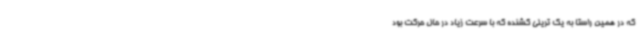
که در همین راستا به یک تریلی کشنده که با سرعت زیاد در حال حرکت بود